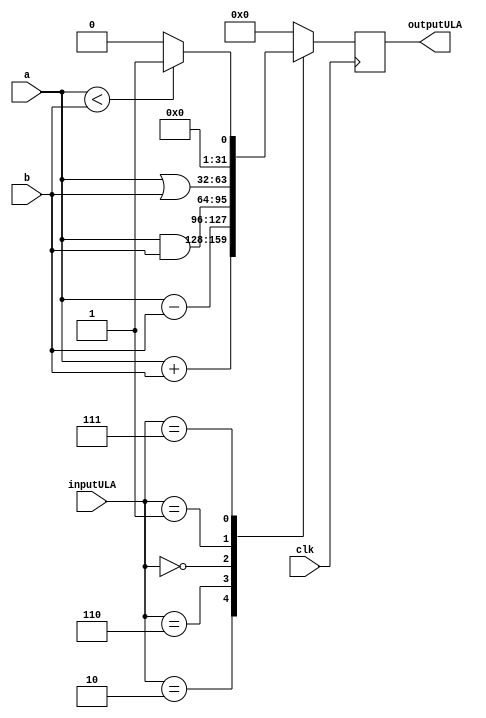
module ULA (input         clk,
			input  [0:3]  inputULA, 
			input  [0:31] a,
			input  [0:31] b,
			output reg [0:31] outputULA);

	always @(posedge clk) begin  
		case(inputULA) // se o input da ULA for 0010 (4'b0010), segundo a tabela, a operao a ser feita  add
			4'b0010: outputULA <= a + b; //add 
			4'b0110: outputULA <= a - b; //subtract
			4'b0000: outputULA <= a & b; //AND
			4'b0001: outputULA <= a | b; //OR
			4'b0111: outputULA <= (a < b) ? 1 : 0; 
			default: outputULA <= 0;
		endcase
	end
	
endmodule